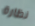
نظارة